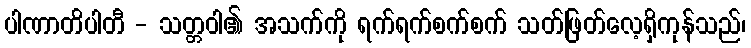
ပါဏာတိပါတီ - သတ္တဝါ၏ အသက်ကို ရက်ရက်စက်စက် သတ်ဖြတ်လေ့ရှိကုန်သည်၊